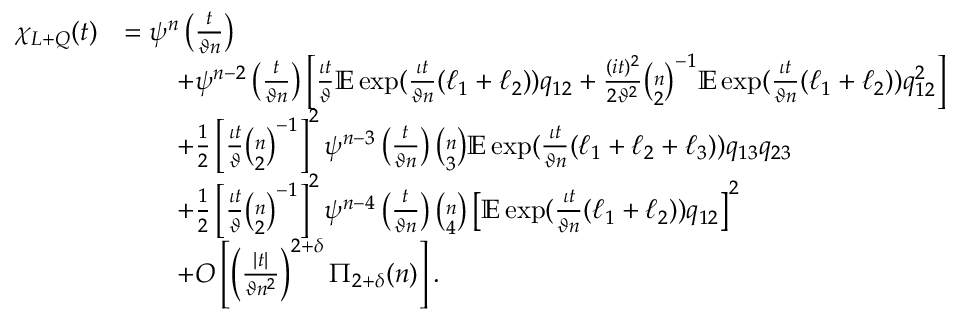
\begin{array} { r l } { \chi _ { L + Q } ( t ) } & { = \psi ^ { n } \left( \frac { t } { \vartheta n } \right) } \\ & { \qquad + \psi ^ { n - 2 } \left( \frac { t } { \vartheta n } \right) \left[ \frac { \iota t } { \vartheta } \mathbb { E } \exp ( \frac { \iota t } { \vartheta n } ( \ell _ { 1 } + \ell _ { 2 } ) ) q _ { 1 2 } + \frac { ( i t ) ^ { 2 } } { 2 \vartheta ^ { 2 } } \binom { n } { 2 } ^ { - 1 } \mathbb { E } \exp ( \frac { \iota t } { \vartheta n } ( \ell _ { 1 } + \ell _ { 2 } ) ) q _ { 1 2 } ^ { 2 } \right] } \\ & { \qquad + \frac { 1 } { 2 } \left[ \frac { \iota t } { \vartheta } \binom { n } { 2 } ^ { - 1 } \right] ^ { 2 } \psi ^ { n - 3 } \left( \frac { t } { \vartheta n } \right) \binom { n } { 3 } \mathbb { E } \exp ( \frac { \iota t } { \vartheta n } ( \ell _ { 1 } + \ell _ { 2 } + \ell _ { 3 } ) ) q _ { 1 3 } q _ { 2 3 } } \\ & { \qquad + \frac { 1 } { 2 } \left[ \frac { \iota t } { \vartheta } \binom { n } { 2 } ^ { - 1 } \right] ^ { 2 } \psi ^ { n - 4 } \left( \frac { t } { \vartheta n } \right) \binom { n } { 4 } \left[ \mathbb { E } \exp ( \frac { \iota t } { \vartheta n } ( \ell _ { 1 } + \ell _ { 2 } ) ) q _ { 1 2 } \right] ^ { 2 } } \\ & { \qquad + O \left[ \left( \frac { | t | } { \vartheta n ^ { 2 } } \right) ^ { 2 + \delta } \Pi _ { 2 + \delta } ( n ) \right] . } \end{array}